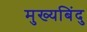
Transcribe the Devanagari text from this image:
मुख्यबिंदु